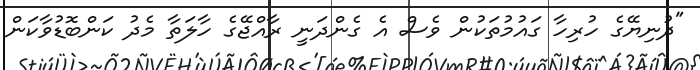
"ދުނިޔޭގެ ހުރިހާ ގައުމުތަކުން ވެސް އެ ގެންދަނީ ރާއްޖޭގެ ހާލަތާ މެދު ކަންބޮޑުވާކަން